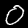
Label: 0